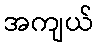
အကျယ်